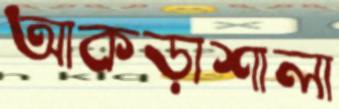
আকড়াশালা